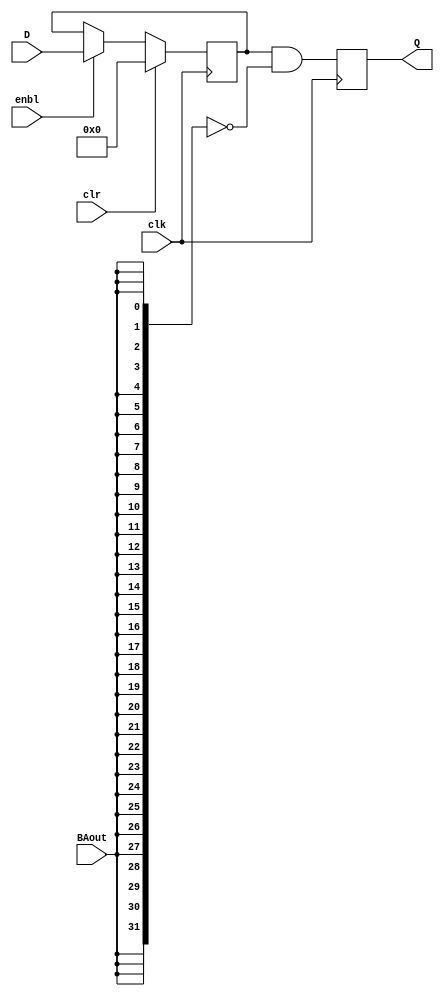
module R0_register(
    input clr,
    input clk,
    input	[31:0]D,
	input enbl,
    input BAout,
	output reg [31:0]Q
);

  // Create a 32-bit register called "temp"
  reg [31:0] temp;

  // Initialize the output Q to 0
  initial Q = 0;

  // just the register code
  always @(posedge clk) begin
    if (clr) begin
      temp <= 32'b0;
    end else if (enbl) begin
      temp <= D;
    end

    // Compute the output by ANDing the contents of complement BAout and temp
    Q <= temp & ~{32{BAout}};
  end

endmodule